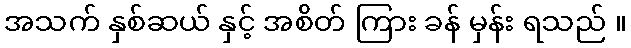
အသက် နှစ်ဆယ် နှင့် အစိတ် ကြား ခန် မှန်း ရသည် ။